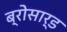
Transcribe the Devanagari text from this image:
ब्रोसार्ड